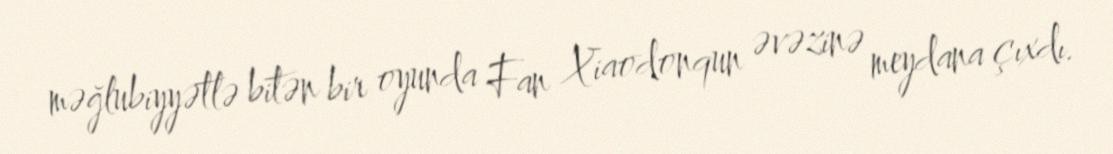
məğlubiyyətlə bitən bir oyunda Fan Xiaodonqun əvəzinə meydana çıxdı.